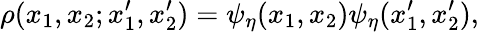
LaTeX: \rho(x_{1},x_{2};x_{1}^{\prime},x_{2}^{\prime})=\psi_{\eta}(x_{1},x_{2})\psi_{\eta}(x_{1}^{\prime},x_{2}^{\prime}),